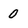
Character: 0